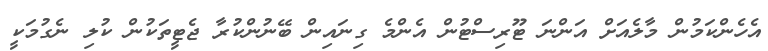
އެހެންކަމުން މާލެއަށް އަންނަ ޓޫރިސްޓުން އެންމެ ގިނައިން ބޭނުންކުރާ ޖެޓީތަކުން ކުލި ނެގުމަކީ